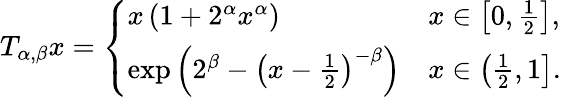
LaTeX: \begin{array}{r}{T_{\alpha,\beta}x=\left\{ \begin{array}{ll}{x\left(1+2^{\alpha}x^{\alpha}\right)}&{x\in\left[0,\frac{1}{2}\right],}\\ {\exp\left(2^{\beta}-\left(x-\frac{1}{2}\right)^{-\beta}\right)}&{x\in\left(\frac{1}{2},1\right].}\end{array}\right.}\end{array}